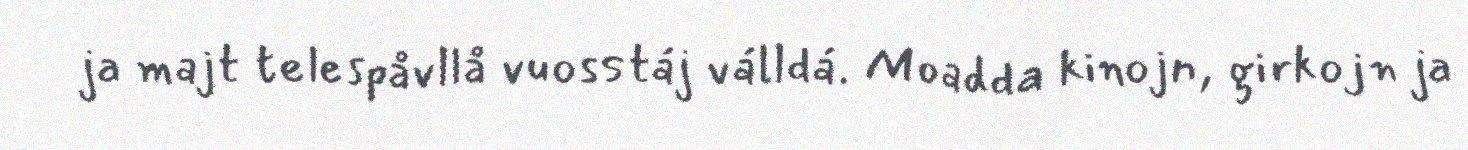
ja majt telespåvllå vuosstáj válldá. Moadda kinojn, girkojn ja